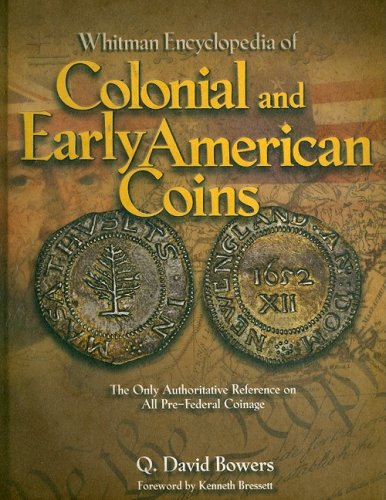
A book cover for Whitman Encyclopedia of Colonial and Early American Coins; Q. David Bowers; Crafts, Hobbies & Home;